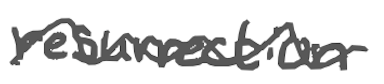
Text: resurrection
Cross-out: wave
Writing tool: digital_gray